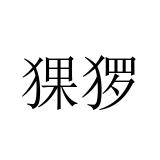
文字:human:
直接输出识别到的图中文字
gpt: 猓猡